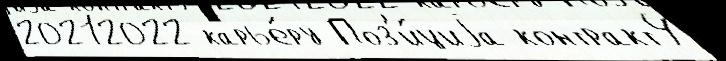
20212022 карье́ру Поз'и́циjа контракт4